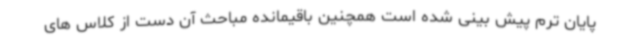
پایان ترم پیش بینی شده است همچنین باقیمانده مباحث آن دست از کلاس های